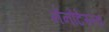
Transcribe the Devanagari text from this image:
नॅनोटेस्ला